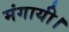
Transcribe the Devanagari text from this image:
मंगायी।